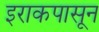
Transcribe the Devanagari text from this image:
इराकपासून